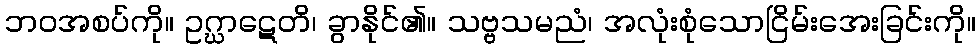
ဘဝအစပ်ကို။ ဥဂ္ဃာဋေတိ၊ ခွာနိုင်၏။ သဗ္ဗသမညံ၊ အလုံးစုံသောငြိမ်းအေးခြင်းကို။